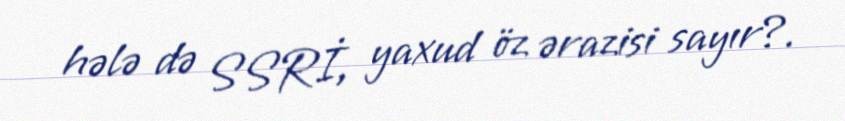
hələ də SSRİ, yaxud öz ərazisi sayır?.